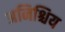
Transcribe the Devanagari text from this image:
अनिश्चिय